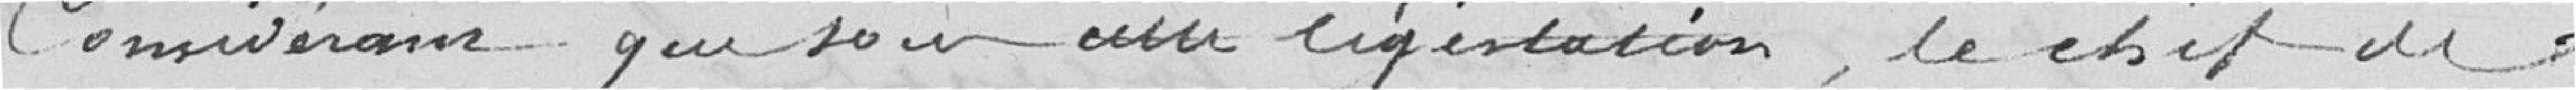
Considérons que son intégration, le chef du